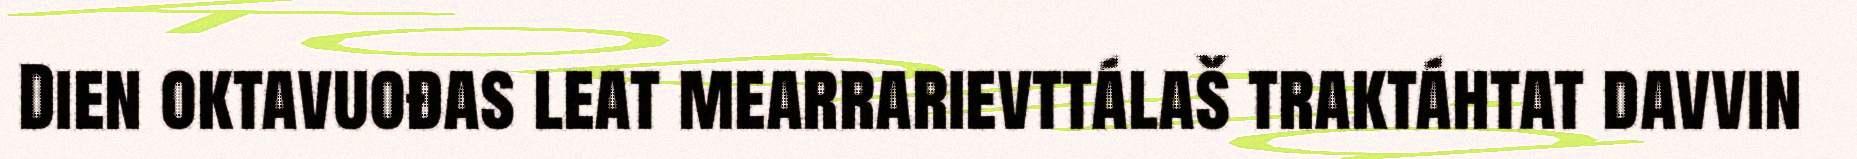
Dien oktavuođas leat mearrarievttálaš traktáhtat davvin